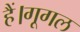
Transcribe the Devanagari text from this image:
हैं।गूगल